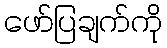
ဖော်ပြချက်ကို